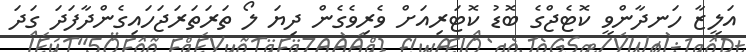
އަލީޒާ ހަނދާންވީ ކޮޓެޖްގެ ބޮޑު ކޮޓަރިއަށް ވެރިވެގެން ދިޔަ ލޯ ތަރަތަރަޖަހައިގެންދާފަދަ ގަދަ